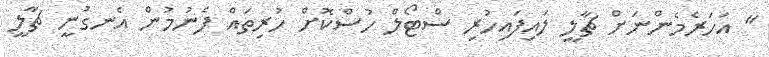
" އަހަރެމެންނަށް ޗާލީ ލައިފައިހުރި ސްޓޯލް ހުސްކޮށް ހުރިތައް ފެނުމުން އެނގުނީ ޗާލީ